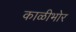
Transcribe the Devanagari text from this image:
काळीभोर